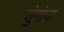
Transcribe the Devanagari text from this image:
शुंगांचा